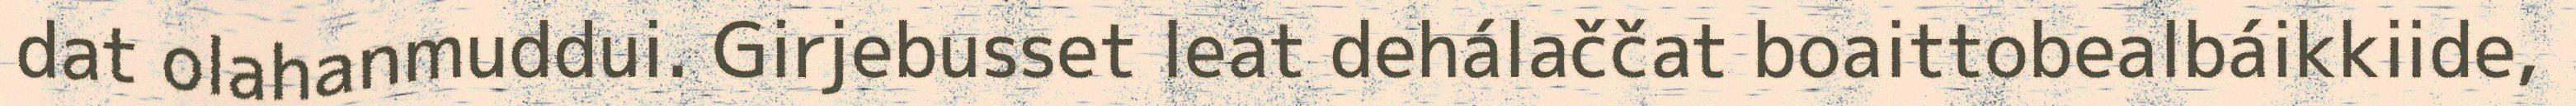
dat olahanmuddui. Girjebusset leat dehálaččat boaittobealbáikkiide,